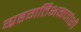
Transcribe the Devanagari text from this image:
ग्रहगतिभगणांशी